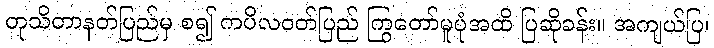
တုသိတာနတ်ပြည်မှ စ၍ ကပိလဝတ်ပြည် ကြွတော်မူပုံအထိ ပြဆိုခန်း။ အကျယ်ပြ၊